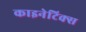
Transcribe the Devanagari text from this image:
काइनेटिक्स